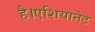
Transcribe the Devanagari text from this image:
है।एशियानेट